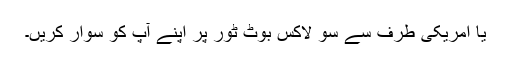
یا امریکی طرف سے سو لاکس بوٹ ٹور پر اپنے آپ کو سوار کریں۔